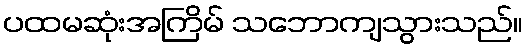
ပထမဆုံးအကြိမ် သဘောကျသွားသည်။